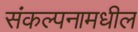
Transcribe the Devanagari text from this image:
संकल्पनामधील